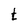
Character: t